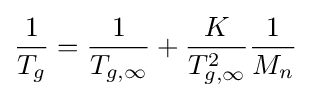
{\frac {1}{T_{g}}}={\frac {1}{T_{g,\infty }}}+{\frac {K}{T_{g,\infty }^{2}}}{\frac {1}{M_{n}}}